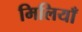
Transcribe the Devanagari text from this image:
मिलियाँ